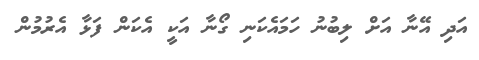
އަދި އޭނާ އަށް ލިބުނު ހަމައެކަނި ގޯނާ އަކީ އެކަން ފަޅާ އެރުމުން